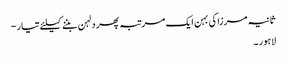
ثانیہ مرزا کی بہن ایک مرتبہ پھر دلہن بننے کیلئے تیار -
لاہور ۔